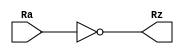
module Not_32(
	input wire [31:0] Ra,
	output wire [31:0] Rz
	);
	//Assign Rz the complement of Ra
	assign Rz = ~Ra ;
	
	
	
endmodule